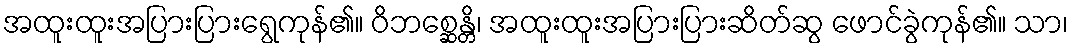
အထူးထူးအပြားပြားရွေကုန်၏။ ဝိဘစ္ဆေန္တိ၊ အထူးထူးအပြားပြားဆိတ်ဆွ ဖောင်ခွဲကုန်၏။ သာ၊